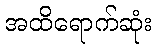
အထိရောက်ဆုံး